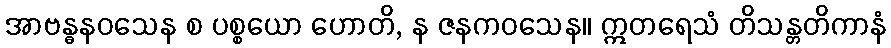
အာဗန္ဓနဝသေန စ ပစ္စယော ဟောတိ, န ဇနကဝသေန။ ဣတရေသံ တိသန္တတိကာနံ